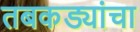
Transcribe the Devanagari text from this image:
तबकड्यांचा